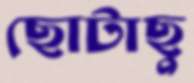
ছোটাছু